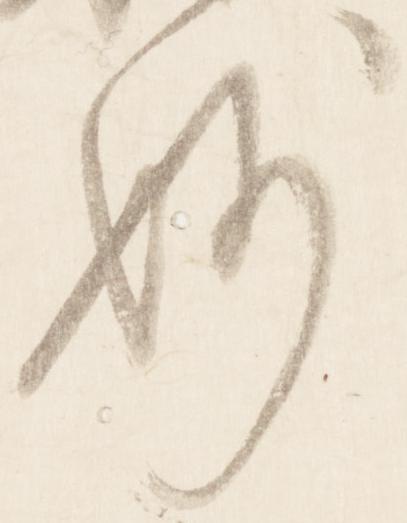
妙